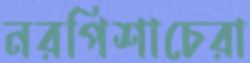
নরপিশাচেরা